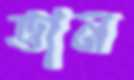
ভান